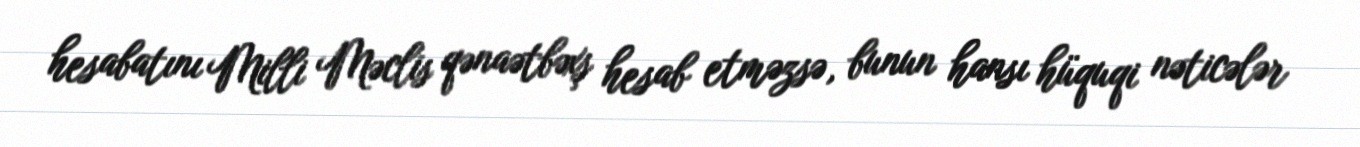
hesabatını Milli Məclis qənaətbəxş hesab etməzsə, bunun hansı hüquqi nəticələr